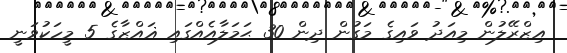
އިޒްރޭލުން މިއަދު ވައިގެ މަގުން ދިން 30 ޙަމަލާއެއްގައި ޣައްޒާގެ 5 މީހަކުވަނީ